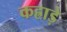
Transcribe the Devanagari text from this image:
कह्राड़े